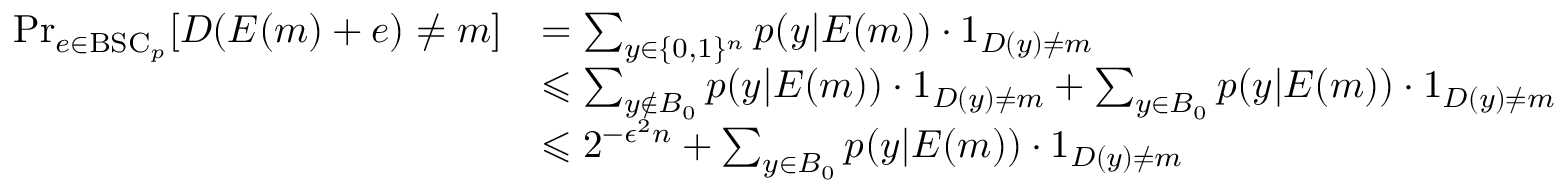
{ \begin{array} { r l } { \operatorname* { P r } _ { e \in { \mathrm { B S C } } _ { p } } [ D ( E ( m ) + e ) \neq m ] } & { = \sum _ { y \in \{ 0 , 1 \} ^ { n } } p ( y | E ( m ) ) \cdot 1 _ { D ( y ) \neq m } } \\ & { \leqslant \sum _ { y \notin B _ { 0 } } p ( y | E ( m ) ) \cdot 1 _ { D ( y ) \neq m } + \sum _ { y \in B _ { 0 } } p ( y | E ( m ) ) \cdot 1 _ { D ( y ) \neq m } } \\ & { \leqslant 2 ^ { - { \epsilon ^ { 2 } } n } + \sum _ { y \in B _ { 0 } } p ( y | E ( m ) ) \cdot 1 _ { D ( y ) \neq m } } \end{array} }